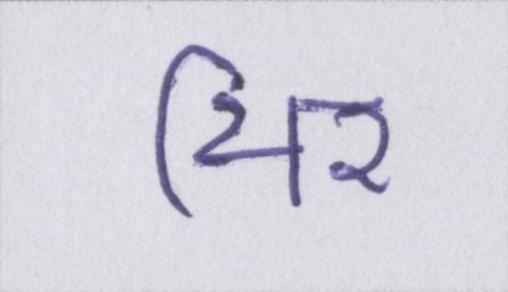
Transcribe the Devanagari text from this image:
थिर